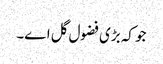
جو کہ بڑی فضول گل اے۔